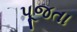
પૂજતા